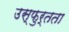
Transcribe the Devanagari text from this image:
उस्फुर्तता